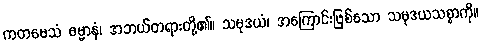
ကတမေသံ ဓမ္မာနံ၊ အဘယ်တရားတို့၏။ သမုဒယံ၊ အကြောင်းဖြစ်သော သမုဒယသစ္စာကို။